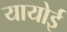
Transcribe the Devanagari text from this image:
यायोई